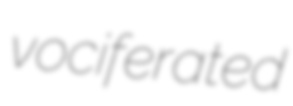
vociferated